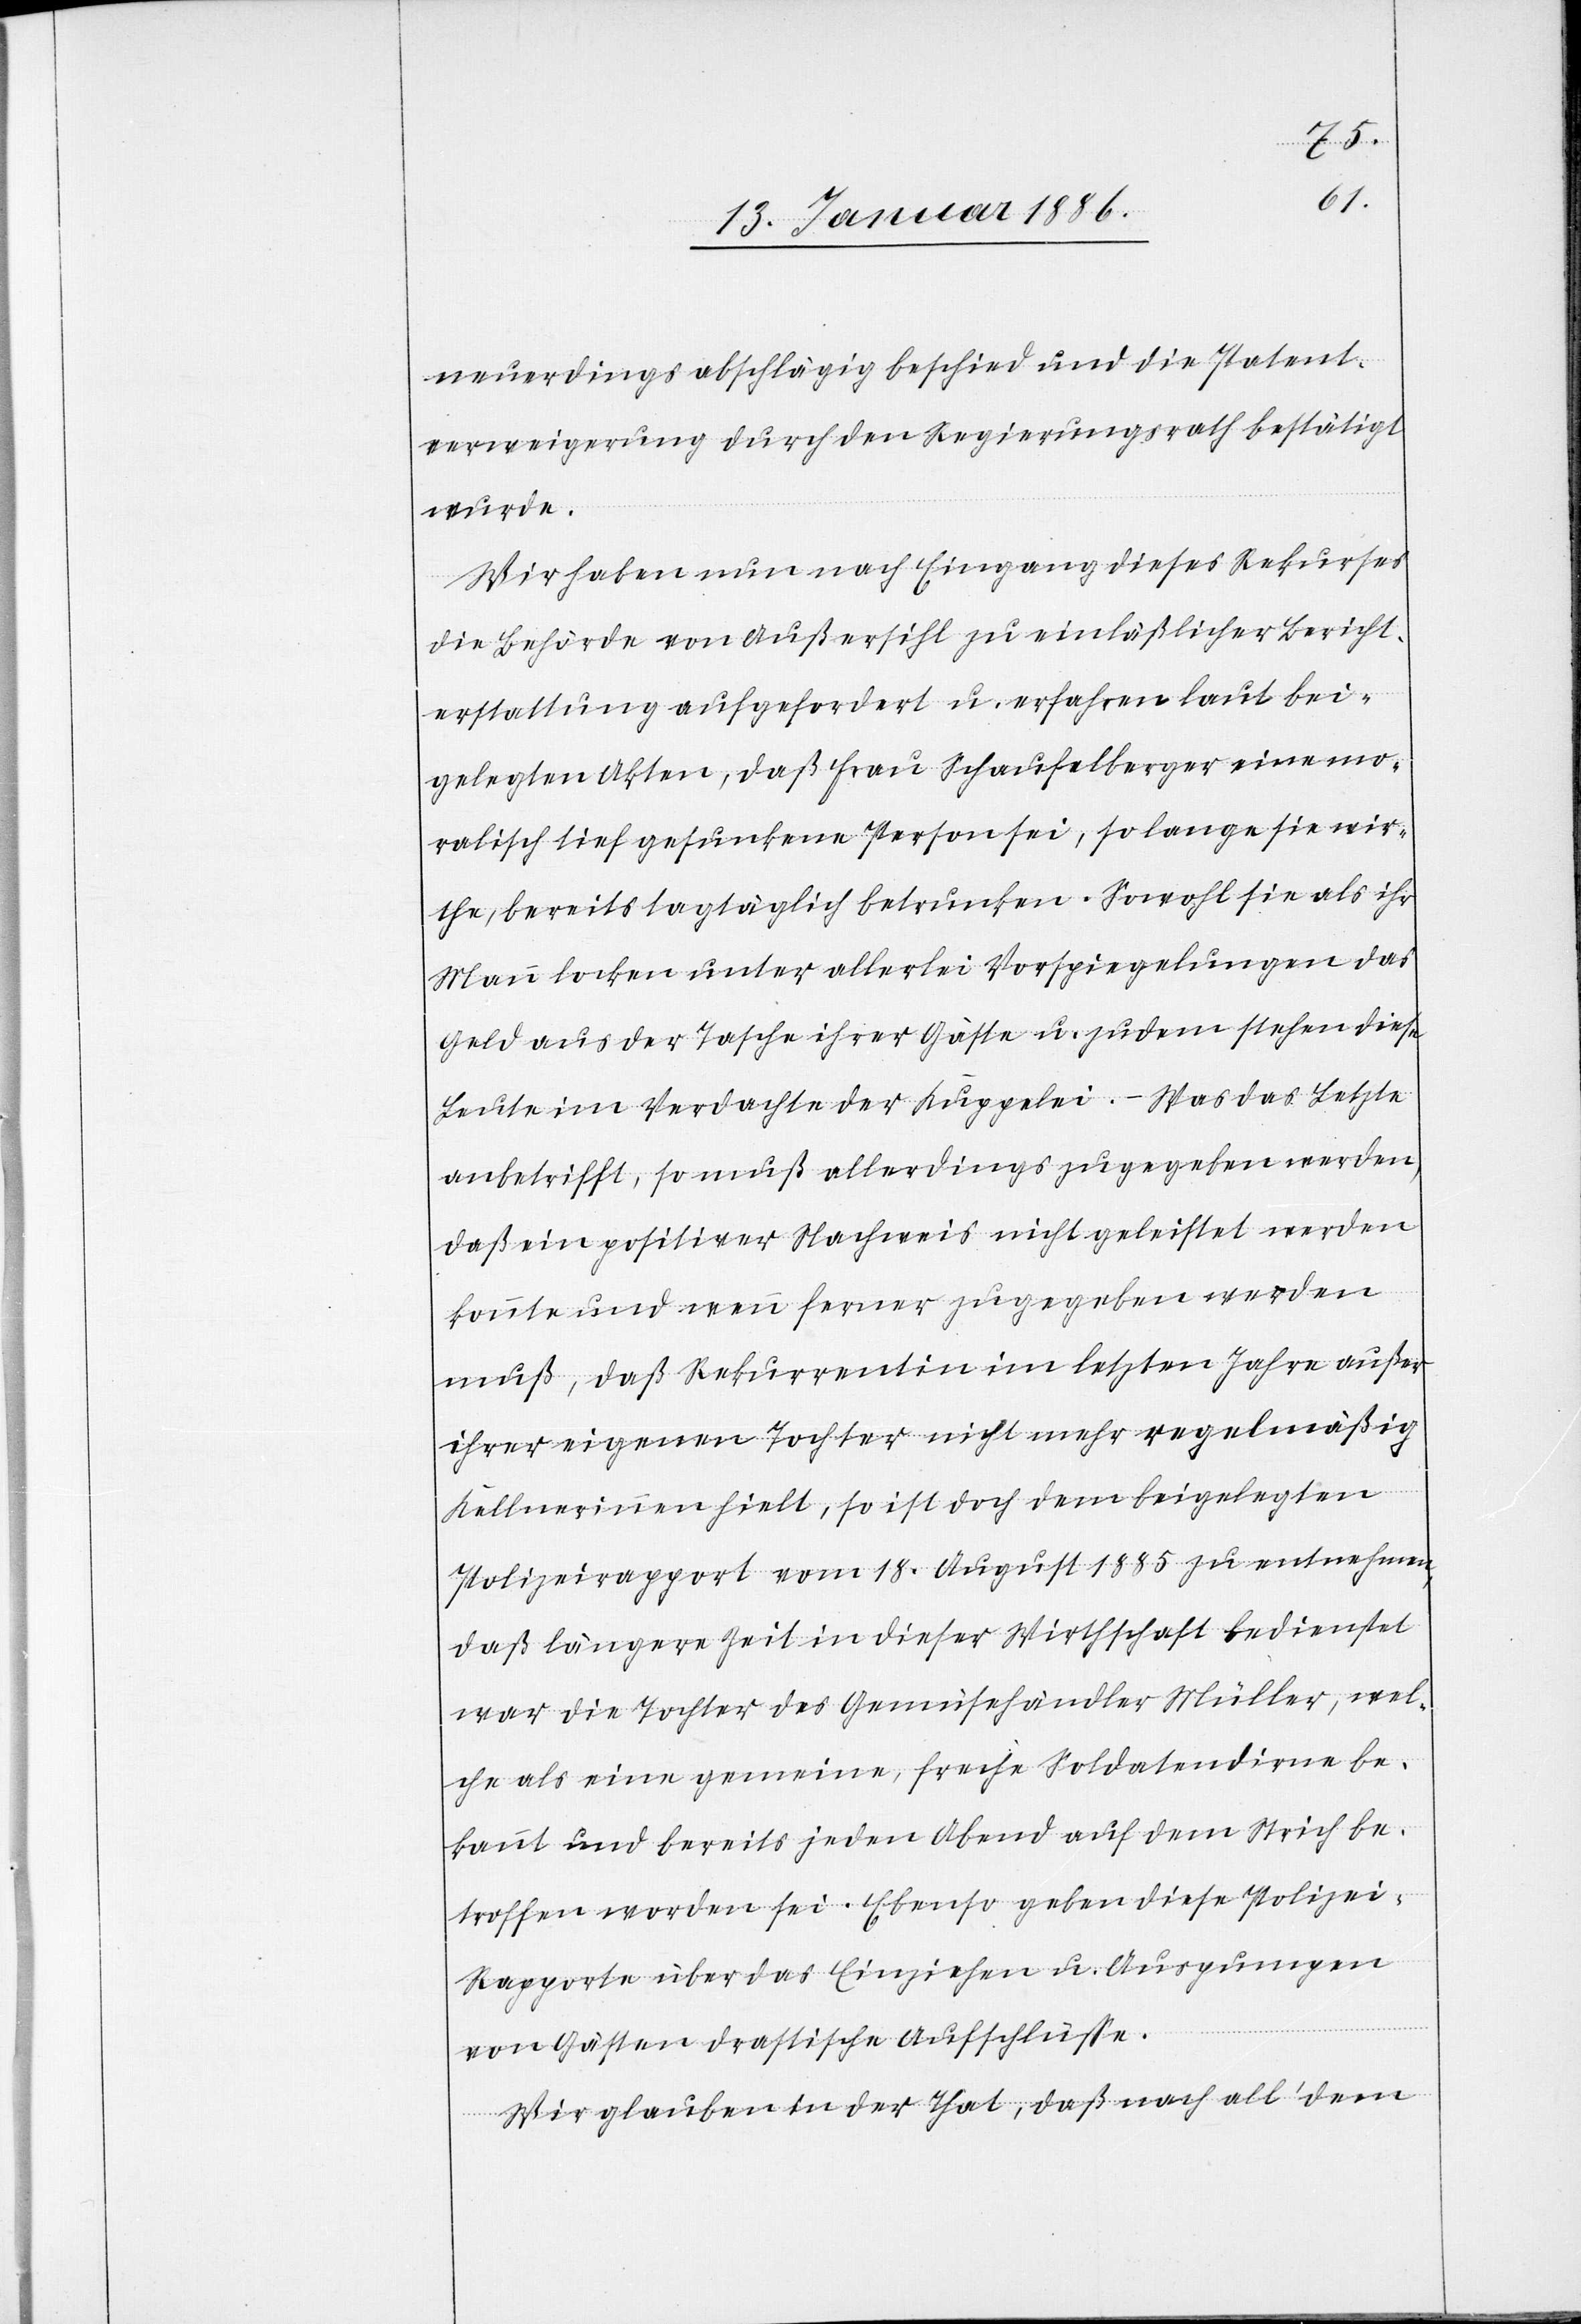
neuerdings abschlägig beschied und die Patent¬
verweigerung durch den Regierungsrath bestätigt
wurde.
Wir haben nun nach Eingangs dieses Rekurses
die Behörde von Außersihl zu einläßlicher Bericht¬
erstattung aufgefordert u. erfahren laut bei¬
gelegten Akten, daß Frau Schaufelberger eine mo¬
ralisch tief gesunkene Person sei, so lange sie wir¬
the, bereits tagtäglich betrunken. Sowol sie als ihr
Mann locken unter allerlei Vorspiegelungen das
Geld aus der Tasche ihrer Gäste u. zudem stehen diese
Leute im Verdachte der Kuppelei. – Was das Letzte
anbetrifft, so muß allerdings zugegeben werden,
daß ein positiver Nachweis nicht geleistet werden
könnte und wenn ferner zugegeben werden
muß, daß Rekurrentin im letzten Jahre außer
ihrer eigenen Tochter nicht mehr regelmäßig
Kellnerinnen hielt, so ist doch dem beigelegten
Polizeirapport vom 18. August 1885 zu entnehmen,
daß längere Zeit in dieser Wirthschaft bedienstet
war die Tochter des Gemüsehändler Müller, wel¬
che als eine gemeine, freche Soldatendirne be¬
kannt und bereits jeden Abend auf dem Strich be¬
troffen worden sei. Ebenso geben diese Polizei-R¬
apporte über das Einziehen u. Auspumpen
von Gästen drastische Aufschlüsse.
Wir glauben in der That, daß nach all’ dem